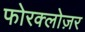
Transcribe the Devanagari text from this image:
फोरक्लोज़र